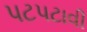
પટપટાવી